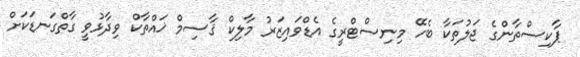
ޕާކިސްތާންގެ ޖަލުތަކާ ބެހޭ މިނިސްޓްރީގެ އެޑްވައިޒަރު މާލިކް ޤާސިމް ޚައްތާކް ވިދާޅުވީ ގާތްގަނޑަކަށް